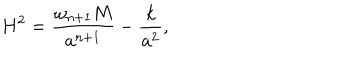
H ^ { 2 } = { \frac { \omega _ { n + 1 } M } { a ^ { n + 1 } } } - { \frac { k } { a ^ { 2 } } } ,